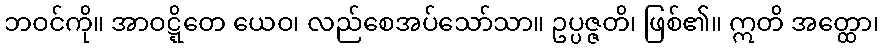
ဘဝင်ကို။ အာဝဋ္ဋိတေ ယေဝ၊ လည်စေအပ်သော်သာ။ ဥပ္ပဇ္ဇတိ၊ ဖြစ်၏။ ဣတိ အတ္ထော၊